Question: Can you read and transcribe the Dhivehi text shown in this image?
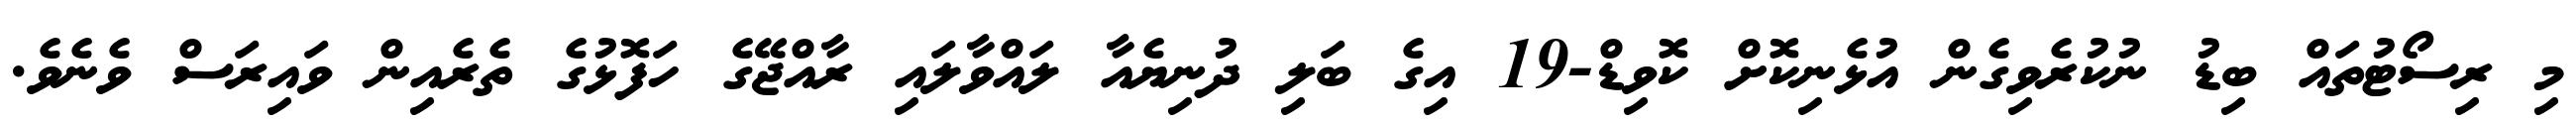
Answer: މި ރިސޯޓުތައް ބިޑު ނުކުރެވިގެން އުޅެނިކޮށް ކޮވިޑް-19 އިގެ ބަލި ދުނިޔެއާ ލައްވާލައި ރާއްޖޭގެ ހަފޮޅުގެ ތެރެއިން ވައިރަސް ވެނެވެ.